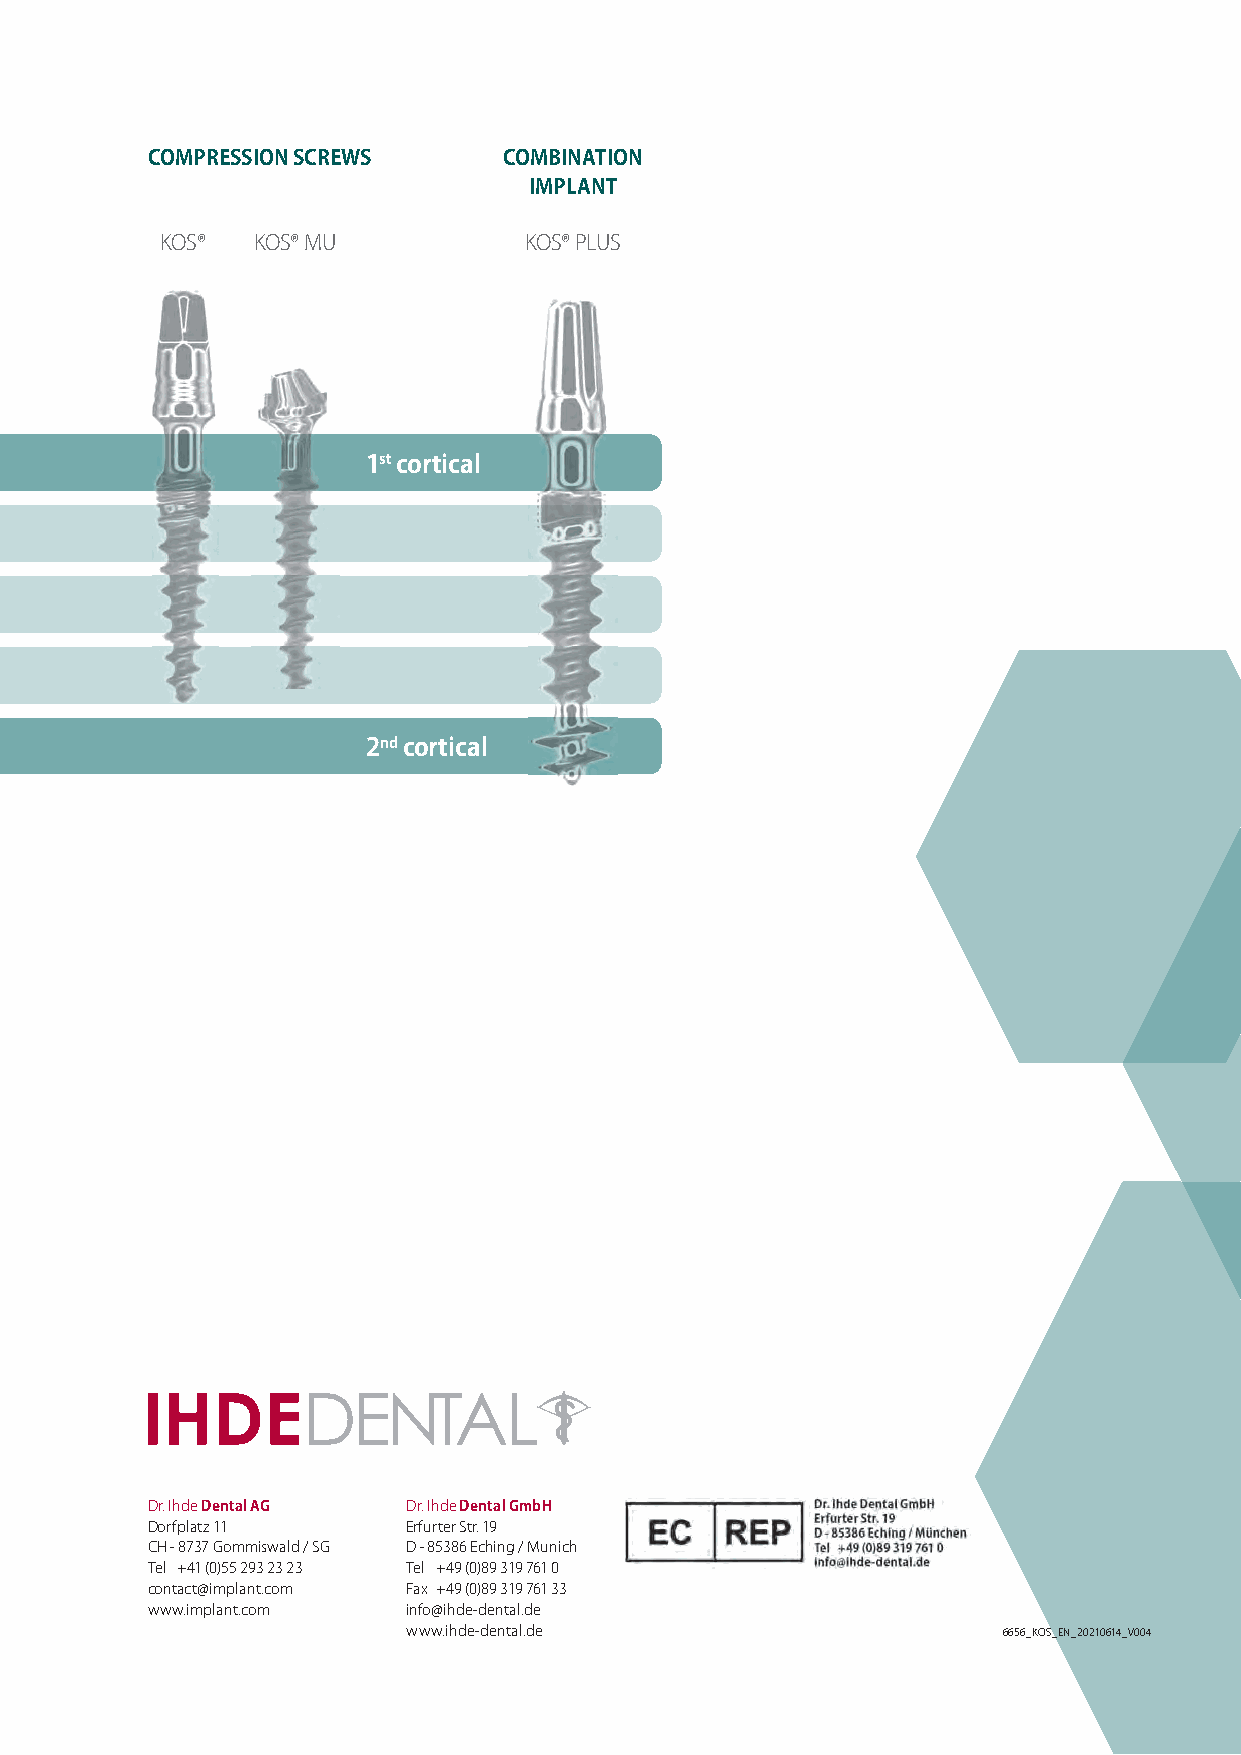
COMPRESSION SCREWS     COMBINATION
 IMPLANT
 KOS®  KOS® MU           KOS® PLUS
 1st cortical
 2nd cortical
 Dr. Ihde Dental AG Dr. Ihde Dental GmbH
 Dorfplatz 11     Erfurter Str. 19
 CH - 8737 Gommiswald / SG D - 85386 Eching / Munich
 Tel +41 (0)55 293 23 23 Tel +49 (0)89 319 761 0
 contact@implant.com Fax +49 (0)89 319 761 33
 www.implant.com  info@ihde-dental.de
 www.ihde-dental.de                     6656_KOS_EN_20210614_V004